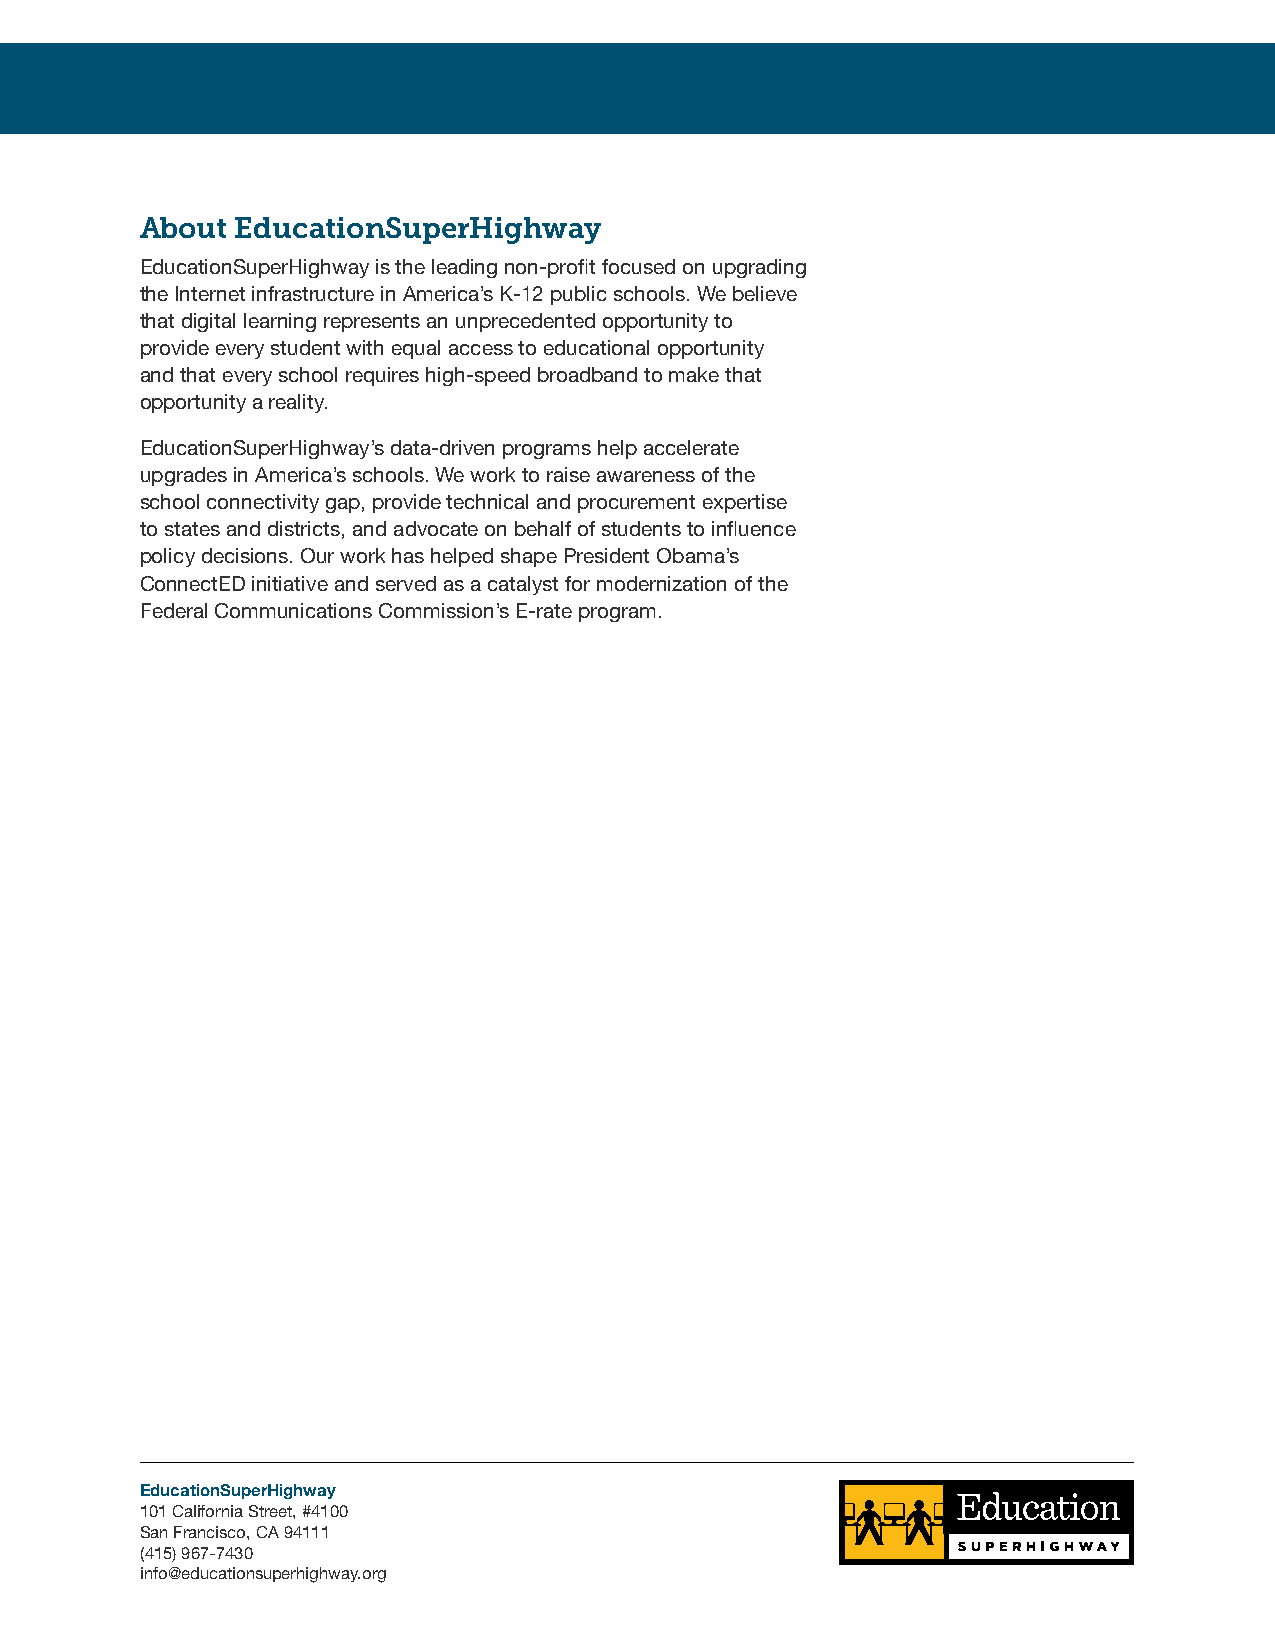
About  EducationSuperHighway
 EducationSuperHighway is the leading non-profit focused on upgrading
 the Internet infrastructure in America’s K-12 public schools. We believe
 that digital learning represents an unprecedented opportunity to
 provide every student with equal access to educational opportunity
 and that every school requires high-speed broadband to make that
 opportunity a reality.
 EducationSuperHighway’s data-driven programs help accelerate
 upgrades in America’s schools. We work to raise awareness of the
 school connectivity gap, provide technical and procurement expertise
 to states and districts, and advocate on behalf of students to influence
 policy decisions. Our work has helped shape President Obama’s
 ConnectED initiative and served as a catalyst for modernization of the
 Federal Communications Commission’s E-rate program.
 EducationSuperHighway
 101 California Street, #4100
 San Francisco, CA 94111
 (415) 967-7430
 info@educationsuperhighway.org